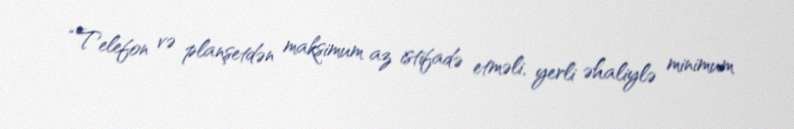
“Telefon və planşetdən maksimum az istifadə etməli, yerli əhaliylə minimum